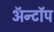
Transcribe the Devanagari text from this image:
ॲन्टॉप